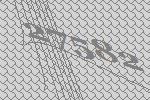
27582